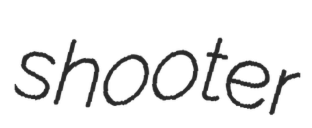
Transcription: shooter